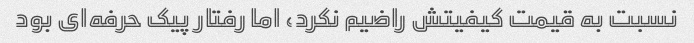
نسبت به قیمت کیفیتش راضیم نکرد، اما رفتار پیک حرفه‌ای بود